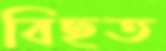
বিছত